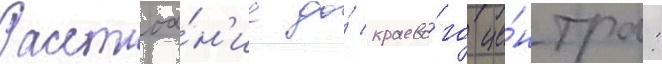
Расстоа́н'ие до́ краево́го це́нтра: